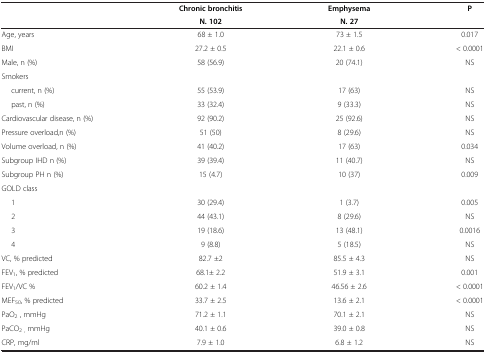
|  | Chronic bronchitisN. 102 | EmphysemaN. 27 | P |
 | --- | --- | --- | --- |
 | Age, years | 68 ± 1.0 | 73 ± 1.5 | 0.017 |
 | BMI | 27.2 ± 0.5 | 22.1 ± 0.6 | < 0.0001 |
 | Male, n (%) | 58 (56.9) | 20 (74.1) | NS |
 | Smokers |  |  |  |
 | current, n (%) | 55 (53.9) | 17 (63) | NS |
 | past, n (%) | 33 (32.4) | 9 (33.3) | NS |
 | Cardiovascular disease, n (%) | 92 (90.2) | 25 (92.6) | NS |
 | Pressure overload,n (%) | 51 (50) | 8 (29.6) | NS |
 | Volume overload, n (%) | 41 (40.2) | 17 (63) | 0.034 |
 | Subgroup IHD n (%) | 39 (39.4) | 11 (40.7) | NS |
 | Subgroup PH n (%) | 15 (4.7) | 10 (37) | 0.009 |
 | GOLD class |  |  |  |
 | 1 | 30 (29.4) | 1 (3.7) | 0.005 |
 | 2 | 44 (43.1) | 8 (29.6) | NS |
 | 3 | 19 (18.6) | 13 (48.1) | 0.0016 |
 | 4 | 9 (8.8) | 5 (18.5) | NS |
 | VC, % predicted | 82.7 ±2 | 85.5 ± 4.3 | NS |
 | FEV1, % predicted | 68.1± 2.2 | 51.9 ± 3.1 | 0.001 |
 | FEV1/VC % | 60.2 ± 1.4 | 46.56 ± 2.6 | < 0.0001 |
 | MEF50, % predicted | 33.7 ± 2.5 | 13.6 ± 2.1 | < 0.0001 |
 | PaO2 , mmHg | 71.2 ± 1.1 | 70.1 ± 2.1 | NS |
 | PaCO2 , mmHg | 40.1 ± 0.6 | 39.0 ± 0.8 | NS |
 | CRP, mg/ml | 7.9 ± 1.0 | 6.8 ± 1.2 | NS |